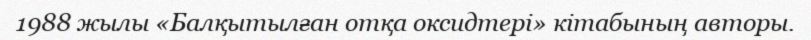
1988 жылы «Балқытылған отқа оксидтері» кітабының авторы.